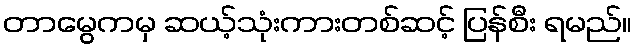
တာမွေကမှ ဆယ့်သုံးကားတစ်ဆင့် ပြန်စီး ရမည်။